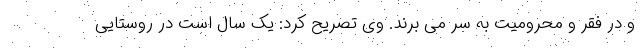
و در فقر و محرومیت به سر می برند. وی تصریح کرد: یک سال است در روستایی